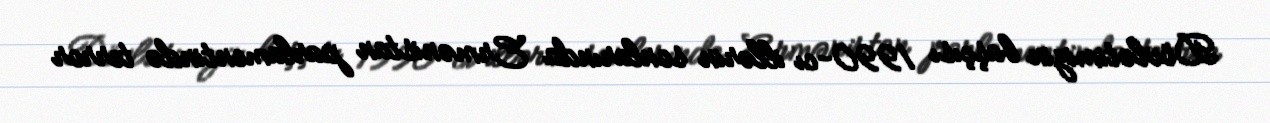
Dövlətimizin başçısı 1990-cı illərin sonlarında Ermənistan parlamentində terror